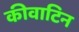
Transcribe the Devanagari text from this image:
कीवाटिन